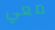
معي